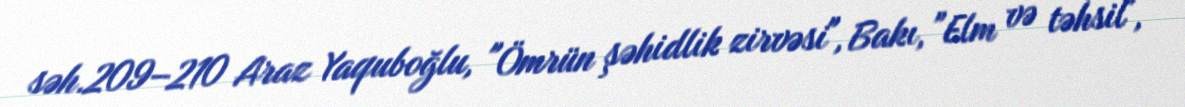
səh.209–210 Araz Yaquboğlu, "Ömrün şəhidlik zirvəsi", Bakı, "Elm və təhsil",